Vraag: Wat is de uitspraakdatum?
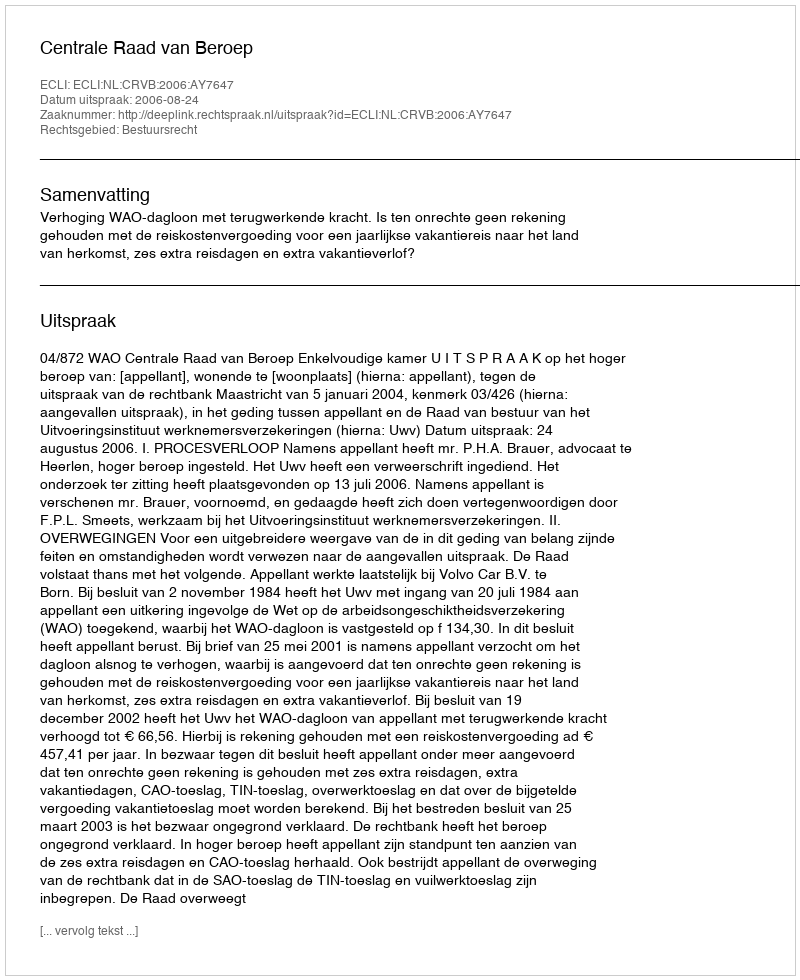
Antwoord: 2006-08-24